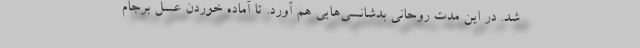
شد. در این مدت روحانی بدشانسی‌هایی هم آورد. تا آماده خوردن عسل برجام